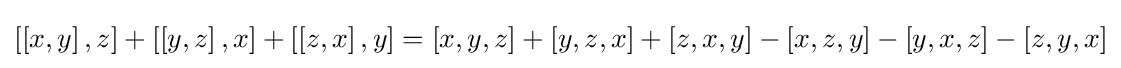
\left[\left[x,y\right],z\right]+\left[\left[y,z\right],x\right]+\left[\left[z,x\right],y\right]=\left[x,y,z\right]+\left[y,z,x\right]+\left[z,x,y\right]-\left[x,z,y\right]-\left[y,x,z\right]-\left[z,y,x\right]